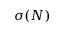
\sigma ( N )